Problem: 4 × 6 = ?
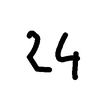
Handwritten answer: 24